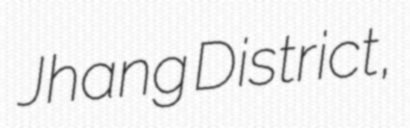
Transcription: Jhang District,